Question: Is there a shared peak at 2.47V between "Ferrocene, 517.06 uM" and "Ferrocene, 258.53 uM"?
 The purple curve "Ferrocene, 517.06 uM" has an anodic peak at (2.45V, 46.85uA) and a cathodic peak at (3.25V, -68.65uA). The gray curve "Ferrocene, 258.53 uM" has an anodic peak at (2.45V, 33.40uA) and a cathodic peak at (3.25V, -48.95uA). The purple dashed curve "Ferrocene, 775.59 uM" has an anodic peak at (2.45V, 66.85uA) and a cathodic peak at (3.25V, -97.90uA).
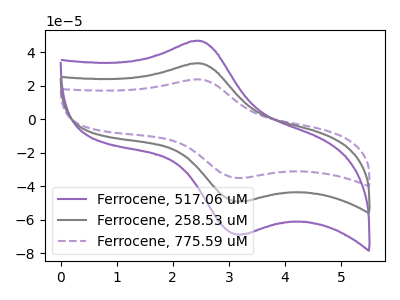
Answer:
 <answer>Yes, "Ferrocene, 517.06 uM" and "Ferrocene, 258.53 uM" share a peak at 2.47V.</answer>
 <eval>match</eval>